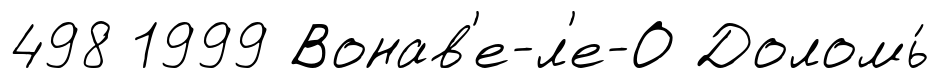
498 1999 Вонав'е-л'е-О Доломь́